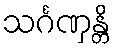
သင်္ဂဏှန္တိ